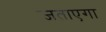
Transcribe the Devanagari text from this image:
जताएगा